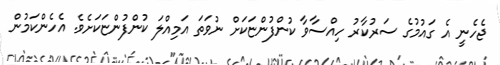
ޖެހެނީ އެ ގައުމުގެ ސަރުކާރު ހިއްސާވާ ކުންފުންޏަކަށް ނުވަތަ އަމިއްލަ ކުންފުންޏަކަށެވެ. އެހެންކަމުން